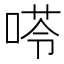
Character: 𠸖